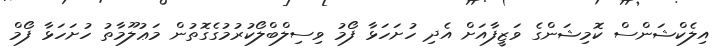
އިލެކްޝަންސް ކޮމިޝަންގެ ވަޒީފާއަށް އެދި ހުށަހަޅާ ފޯމު ވިސިލްބްލޯކުރުމުގެގޮތުން މަޢުލޫމާތު ހުށަހަޅާ ފޯމް